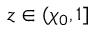
z \in ( \chi _ { 0 } , 1 ]